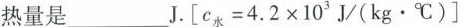
热量是___J. $$\left [ c _ { 水 } = 4 . 2 \times 1 0 ^ { 3 }$$J/(kg \cdot ^{\circ}C)\right]